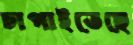
চাপাইতেছে